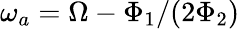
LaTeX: \omega_{a}=\Omega-\Phi_{1}/(2\Phi_{2})